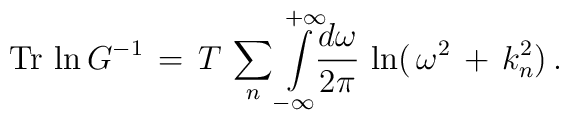
\mbox{Tr}\,\ln G^{-1}\,=\,T\,\sum_{n}^{}\int\limits_{-\infty}^{+\infty}\!\!\frac{d\omega}{2\pi}\,\ln(\,\omega^2\,+\,k_{n}^{2})\,{.}